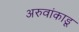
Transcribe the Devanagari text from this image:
अरुवांकाडू